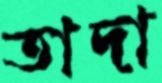
তাদা